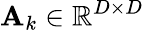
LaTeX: {\mathbf A}_{k}\in\mathbb{R}^{D\times D}